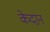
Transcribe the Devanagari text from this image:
केदान